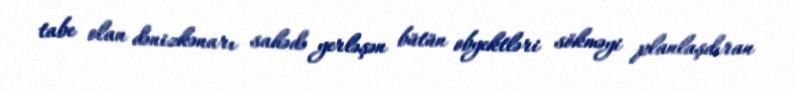
tabe olan dənizkənarı sahədə yerləşən bütün obyektləri sökməyi planlaşdıran